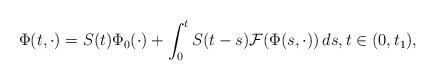
LaTeX: \begin{align*} \Phi(t,\cdot)=S(t)\Phi_{0}(\cdot)+\int_{0}^{t}S(t-s)\mathcal F(\Phi(s,\cdot))\,ds,t\in(0,t_{1}), \end{align*}